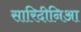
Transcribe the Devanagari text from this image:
सारिदीनिआ